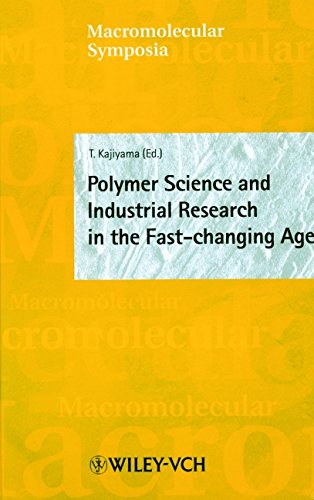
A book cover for Macromolecular Symposia 159: Polymer Science and Industrial Research in the Fast-changing Age; Science & Math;